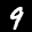
Label: 9